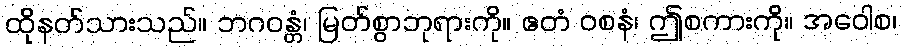
ထိုနတ်သားသည်။ ဘဂဝန္တံ၊ မြတ်စွာဘုရားကို။ ဧတံ ဝစနံ၊ ဤစကားကို။ အဝေါစ၊